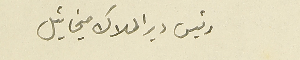
رئيس دير الملاك ميخائيل